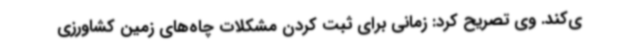
ی‌کند. وی تصریح کرد: زمانی برای ثبت کردن مشکلات چاه‌های زمین کشاورزی